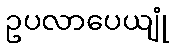
ဥပလာပေယျုံ